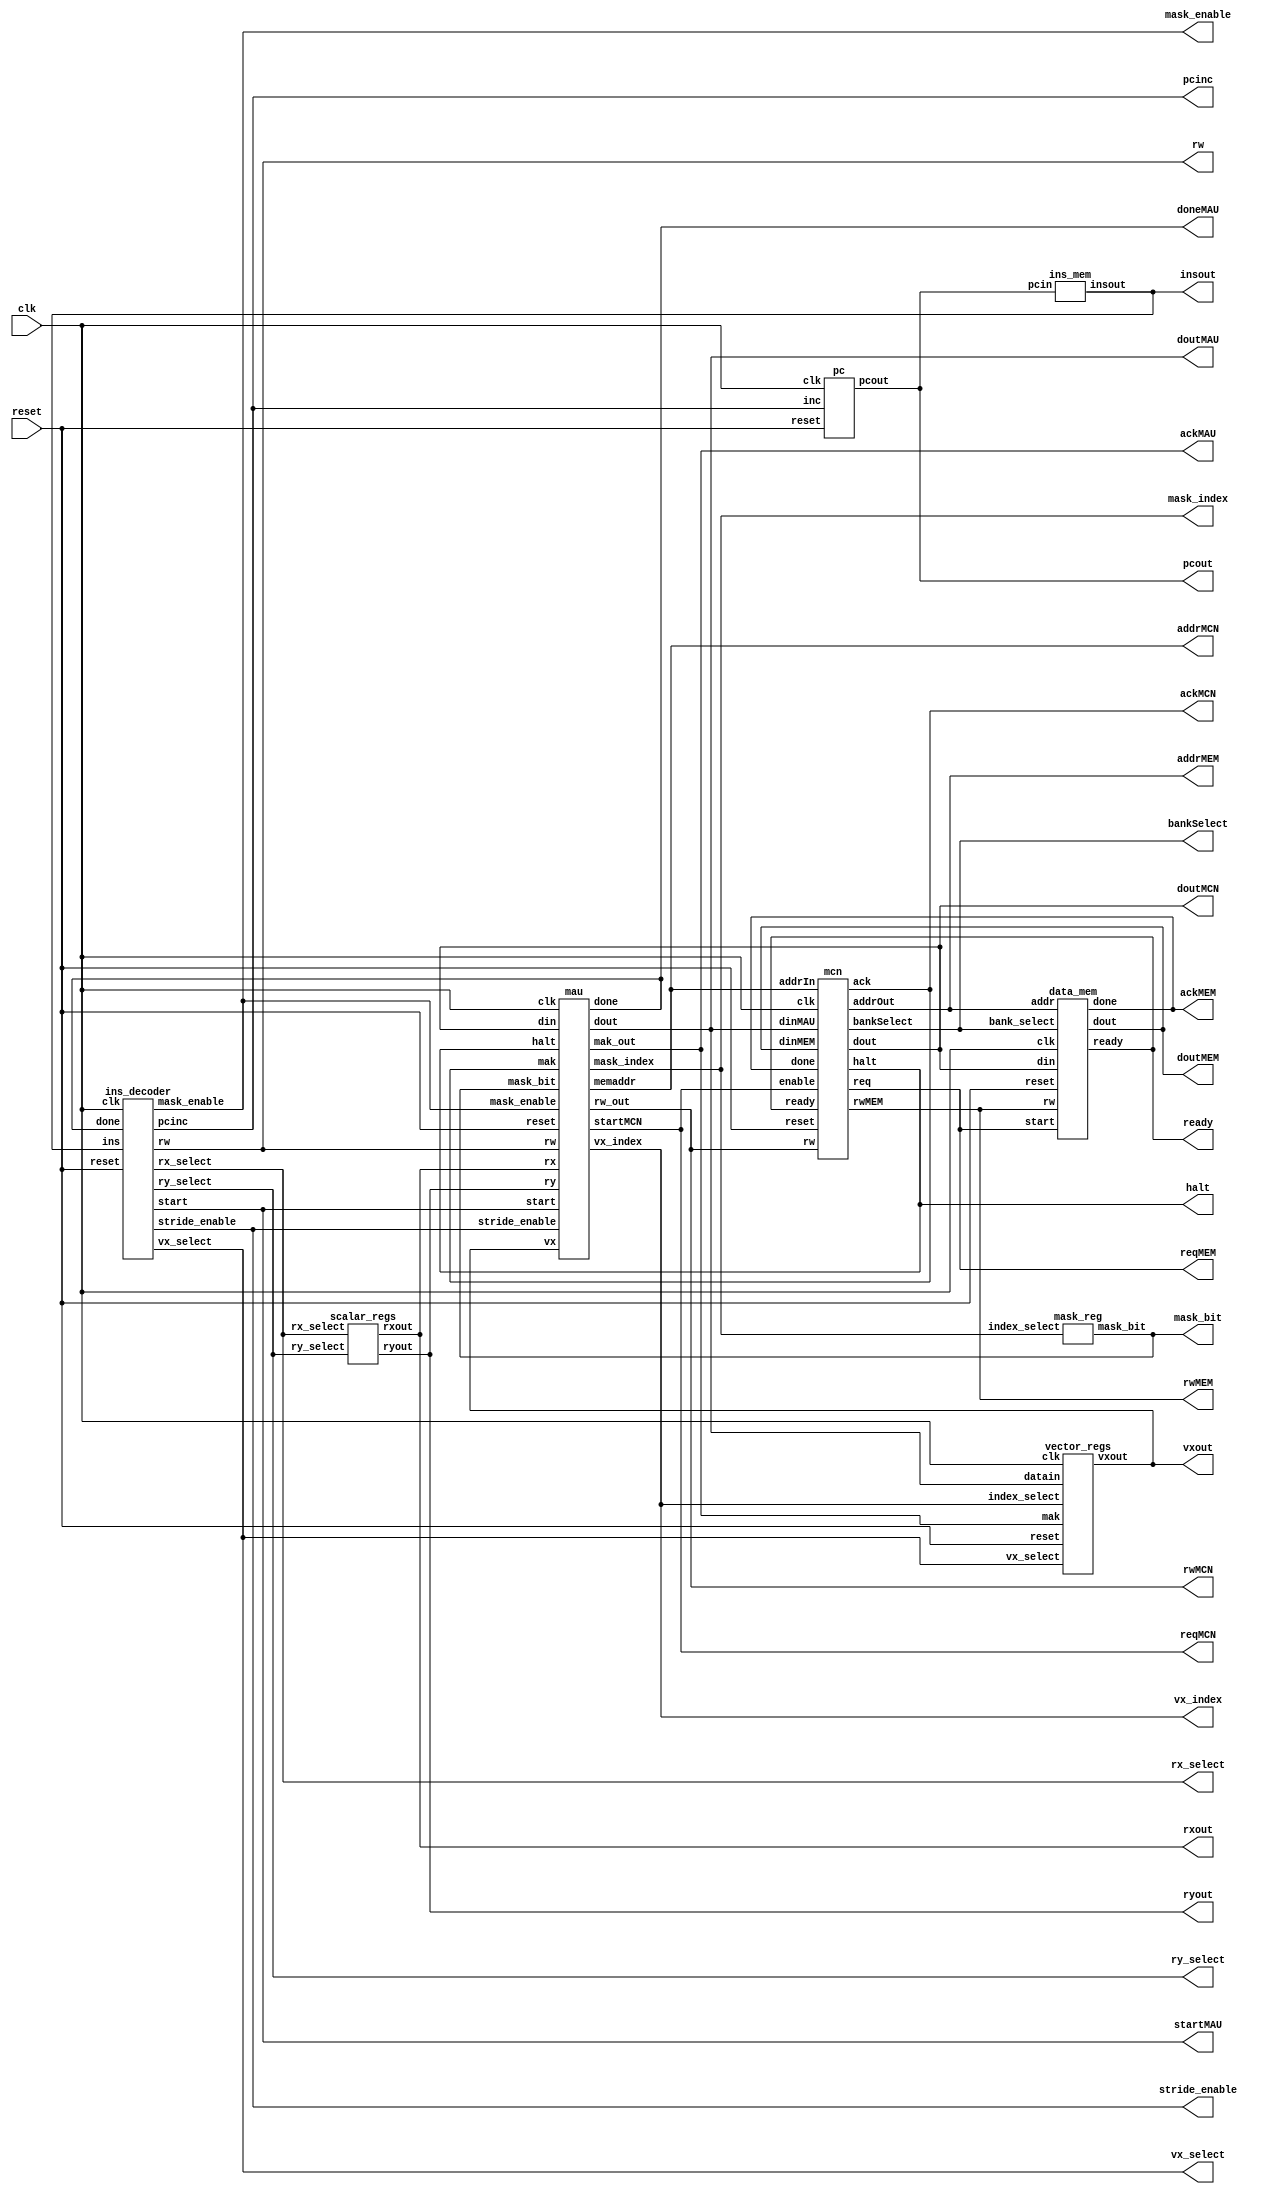
module topmodule(pcout,pcinc,stride_enable,mask_enable,rw,startMAU,doneMAU,mask_bit,ready,ackMAU,ackMCN,ackMEM,reqMEM,reqMCN,halt,rwMCN,rwMEM,insout,vx_index,mask_index,vx_select,rx_select,ry_select,bankSelect,rxout,ryout,vxout,doutMAU,doutMCN,doutMEM,addrMCN,addrMEM,clk,reset);

input clk,reset;
output [3:0]pcout;
output pcinc,stride_enable,mask_enable,rw,startMAU,doneMAU;
output mask_bit,ready,ackMAU,ackMCN,ackMEM,reqMEM,reqMCN,halt,rwMCN,rwMEM;
output [11:0]insout;
output [5:0]vx_index,mask_index;
output [2:0]vx_select,rx_select,ry_select,bankSelect;
output [31:0]rxout,ryout,vxout,doutMAU,doutMCN,doutMEM;
output [8:0]addrMCN;
output [5:0]addrMEM;

pc PC(pcout,pcinc,clk,reset);
ins_mem IMEM(insout,pcout);
ins_decoder IDEC(vx_select,rx_select,ry_select,stride_enable,mask_enable,rw,pcinc,startMAU,insout,doneMAU,clk,reset);
mask_reg VMR(mask_bit,mask_index);
scalar_regs REGS(rxout,ryout,rx_select,ry_select);
vector_regs VREGS(vxout,doutMAU,vx_select,vx_index,ackMAU,clk,reset);
mau MAU(doutMAU,vx_index,mask_index,addrMCN,reqMCN,rwMCN,ackMAU,doneMAU,vxout,rxout,ryout,doutMCN,stride_enable,mask_enable,mask_bit,rw,startMAU,ackMCN,halt,clk,reset);
mcn MCN(doutMCN,addrMEM,bankSelect,reqMEM,ackMCN,halt,rwMEM,doutMAU,doutMEM,addrMCN,rwMCN,reqMCN,ready,ackMEM,clk,reset);
data_mem DMEM(doutMEM,ready,ackMEM,doutMCN,addrMEM,bankSelect,rwMEM,reqMEM,clk,reset);

endmodule

module pc(pcout,inc,clk,reset);
output reg [3:0]pcout;
input inc,reset,clk;

always @(posedge clk)
begin
if(reset)
pcout<=4'd0;
else
pcout<=inc?pcout+4'd1:pcout;
end

endmodule

module ins_mem(insout,pcin);
output [11:0]insout;
input [3:0]pcin;

reg [11:0]ins_store[0:15];

assign insout=ins_store[pcin];

localparam vli=3'b000,vsi=3'b001,vls=3'b100,vss=3'b101,vlm=3'b010,vsm=3'b011,stp=3'b111;

initial
begin
ins_store[0]<={vsi,3'd1,3'd0,3'd0};//vsi v1,r0
ins_store[1]<={vli,3'd2,3'd0,3'd0};//vli v2,r0
ins_store[2]<={stp,3'd0,3'd0,3'd0};//stop
end

endmodule

module ins_decoder(vx_select,rx_select,ry_select,stride_enable,mask_enable,rw,pcinc,start,ins,done,clk,reset);
output reg [2:0]vx_select;
output reg [2:0]rx_select;
output reg [2:0]ry_select;
output reg stride_enable,mask_enable,rw,pcinc,start;
input [11:0]ins;
input done,clk,reset;

reg ps;

localparam idle=1'd0,busy=1'd1;
localparam vli=3'b000,vsi=3'b001,vls=3'b100,vss=3'b101,vlm=3'b010,vsm=3'b011;

always @(negedge clk)
begin
vx_select<=3'd1;
end

always @(negedge clk)
begin
if(reset)   
    begin
    vx_select<=3'd0;
    rx_select<=3'd0;
    ry_select<=3'd0;
    stride_enable<=1'd0;
    mask_enable<=1'd0;
    rw<=1'd0;
    pcinc<=1'd0;
    start<=1'd0;
    ps<=idle;
    end
else
    begin
    case(ps)
    idle:
        begin
        vx_select<=ins[8:6];
        rx_select<=ins[6:4];
        ry_select<=ins[4:2];
		pcinc<=1'd0;
        case(ins[11:9])
        vli:
            begin
            stride_enable<=1'd0;
            mask_enable<=1'd0;
            rw<=1'd0;
            start<=1'd1;
            ps<=busy;
            end
        vsi:
            begin
            stride_enable<=1'd0;
            mask_enable<=1'd0;
            rw<=1'd1;
            start<=1'd1;
            ps<=busy;
            end
        vls:
            begin
            stride_enable<=1'd1;
            mask_enable<=1'd0;
            rw<=1'd0;
            start<=1'd1;
            ps<=busy;
            end
        vss:
            begin
            stride_enable<=1'd1;
            mask_enable<=1'd0;
            rw<=1'd1;
            start<=1'd1;
            ps<=busy;
            end
        vlm:
            begin
            stride_enable<=1'd0;
            mask_enable<=1'd1;
            rw<=1'd0;
            start<=1'd1;
            ps<=busy;
            end
        vsm:
            begin
            stride_enable<=1'd0;
            mask_enable<=1'd1;
            rw<=1'd1;
            start<=1'd1;
            ps<=busy;
            end
        default:
            begin
            stride_enable<=1'd0;
            mask_enable<=1'd0;
            rw<=1'd0;
            start<=1'd0;
            end
        endcase
        end
    busy:
        begin
        start<=1'd0;
        if(done)
        begin
        pcinc<=1'd1;
        ps<=idle;
        end
        end
    endcase
    end
end

endmodule

module mask_reg(mask_bit,index_select);
output mask_bit;
input [5:0]index_select;

reg masks[0:63];

assign mask_bit=masks[index_select];

integer x;

initial
begin
for(x=0;x<=32'd63;x=x+32'd1)
masks[x]=1'd1;
masks[1]=1'd0;
masks[3]=1'd0;
masks[5]=1'd0;
masks[7]=1'd0;
end

endmodule

module scalar_regs(rxout,ryout,rx_select,ry_select);
output [31:0]rxout,ryout;
input [2:0]rx_select,ry_select;

reg [31:0]regs[0:7];

assign rxout=regs[rx_select];
assign ryout=regs[ry_select];

initial
begin
regs[0]<=32'd0;
regs[1]<=32'd1;
regs[2]<=32'd2;
regs[3]<=32'd3;
regs[4]<=32'd4;
regs[5]<=32'd5;
regs[6]<=32'd6;
regs[7]<=32'd7;
end

endmodule

module vector_regs(vxout,datain,vx_select,index_select,mak,clk,reset);
output [31:0]vxout;
input [31:0]datain;
input [2:0]vx_select;
input [5:0]index_select;
input mak,clk,reset;

reg [31:0]vx[0:7][0:63];

assign vxout=vx[vx_select][index_select];

always @(negedge clk)
begin
if(!reset && mak)vx[vx_select][index_select]<=datain;
//$display("%d %d %d %d %d %d %d %d",vx[2][0],vx[2][1],vx[2][2],vx[2][3],vx[2][4],vx[2][5],vx[2][6],vx[2][7]);
end

integer x;

initial
begin
for(x=0;x<=32'd63;x=x+32'd1)
vx[1][x]<=x;
for(x=0;x<=32'd63;x=x+32'd1)
vx[2][x]<=32'd0;
end

endmodule

module mau(dout,vx_index,mask_index,memaddr,startMCN,rw_out,mak_out,done,vx,rx,ry,din,stride_enable,mask_enable,mask_bit,rw,start,mak,halt,clk,reset);
output reg [31:0]dout;
output [5:0]vx_index,mask_index;
output reg mak_out;
output reg [8:0]memaddr;
output reg startMCN,done;
output rw_out;
input [31:0]vx,rx,ry,din;
input mask_enable,stride_enable,mask_bit,rw,start,mak,halt,clk,reset;

wire [31:0]stride;
reg mask;
reg [6:0]index_select;
reg [6:0]mak_count;
reg [6:0]num_masks;

assign rw_out=rw;
assign stride=stride_enable?ry:32'd1;
assign vx_index=rw?index_select:index_select-7'd5;
assign mask_index=index_select;

localparam idle=1'd0, busy=1'd1;
reg ps;

always @(posedge clk)
begin

if(reset)
begin
index_select<=7'd0;
memaddr<=9'd0;
mask<=1'd0;
dout<=32'd0;
mak_out<=1'd0;
mak_count<=7'd0;
num_masks<=7'd64;
done<=1'd0;
startMCN<=1'd0;
ps<=idle;
end
else
begin
case(ps)

    idle:
    begin
    index_select=7'd0;
	memaddr=rx;
	#1
	mask=mask_enable?mask_bit:1'd1;
	dout=rw?vx:din;
	mak_out=1'd0;
	mak_count=7'd0;
	num_masks=mask?7'd63:7'd64;
    done=1'd0;
    startMCN=mask&start;
	ps=start?busy:idle;
    end
    
    busy:
    begin
    index_select=(!halt)?index_select+7'd1:index_select;
    memaddr=((index_select<=7'd64)&(!halt))?rx+index_select*stride:memaddr;
    #1
    mask=mask_enable?mask_bit:1'd1;
    dout=rw?vx:din;
    mak_out=rw?1'd0:mak;
    if((index_select<=7'd64)&(!mask))
    num_masks=num_masks-7'd1;
    if(mak_count==num_masks) mak_count=7'd0;
    else if(mak) mak_count=mak_count+7'd1;
    done=(mak_count==num_masks);
    startMCN=mask&(index_select<=7'd64);
    ps=(mak_count==num_masks)?idle:busy;
    end

endcase
end
end

endmodule

module mcn(dout,addrOut,bankSelect,req,ack,halt,rwMEM,dinMAU,dinMEM,addrIn,rw,enable,ready,done,clk,reset);
output reg [31:0]dout;
output reg [5:0]addrOut;
output reg [2:0]bankSelect;
output reg req,ack,halt;
output rwMEM;
input [31:0]dinMAU,dinMEM;
input [8:0]addrIn;
input rw,enable,ready,done,clk,reset;

assign rwMEM=rw;

always @(negedge clk)
begin
if(reset) 
begin 
dout<=32'd0;
addrOut<=6'd0;
bankSelect<=3'd0;
req<=1'd0; 
halt<=1'd0;
ack<=1'd0; 
end
else
begin
ack=done;
dout=rw?dinMAU:dinMEM;
addrOut=addrIn[8:3];
bankSelect=addrIn[2:0];
req=ready&enable;
halt=~ready&enable;
end
end
endmodule

module data_mem(dout,ready,done,din,addr,bank_select,rw,start,clk,reset);
output [31:0]dout;
output ready,done;
input [31:0]din;
input [5:0]addr;
input [2:0]bank_select;
input rw,start,clk,reset;
wire [31:0]bank_dout[0:7];
wire bank_ready[0:7];
wire bank_start[0:7];
wire bank_done[0:7];
wire [2:0]bank_select_reg;

assign ready=bank_ready[bank_select];
assign dout=bank_dout[bank_select_reg];

assign bank_start[0]=(bank_select==3'd0)?start:1'd0;
assign bank_start[1]=(bank_select==3'd1)?start:1'd0;
assign bank_start[2]=(bank_select==3'd2)?start:1'd0;
assign bank_start[3]=(bank_select==3'd3)?start:1'd0;
assign bank_start[4]=(bank_select==3'd4)?start:1'd0;
assign bank_start[5]=(bank_select==3'd5)?start:1'd0;
assign bank_start[6]=(bank_select==3'd6)?start:1'd0;
assign bank_start[7]=(bank_select==3'd7)?start:1'd0;

assign bank_select_reg=bank_done[0]?3'd0:bank_done[1]?3'd1:bank_done[2]?3'd2:bank_done[3]?3'd3:bank_done[4]?3'd4:bank_done[5]?3'd5:bank_done[6]?3'd6:3'd7;
assign done=bank_done[0]|bank_done[1]|bank_done[2]|bank_done[3]|bank_done[4]|bank_done[5]|bank_done[6]|bank_done[7];

mem_bank M0(bank_dout[0],bank_ready[0],bank_done[0],din,addr,rw,bank_start[0],clk,reset);
mem_bank M1(bank_dout[1],bank_ready[1],bank_done[1],din,addr,rw,bank_start[1],clk,reset);
mem_bank M2(bank_dout[2],bank_ready[2],bank_done[2],din,addr,rw,bank_start[2],clk,reset);
mem_bank M3(bank_dout[3],bank_ready[3],bank_done[3],din,addr,rw,bank_start[3],clk,reset);
mem_bank M4(bank_dout[4],bank_ready[4],bank_done[4],din,addr,rw,bank_start[4],clk,reset);
mem_bank M5(bank_dout[5],bank_ready[5],bank_done[5],din,addr,rw,bank_start[5],clk,reset);
mem_bank M6(bank_dout[6],bank_ready[6],bank_done[6],din,addr,rw,bank_start[6],clk,reset);
mem_bank M7(bank_dout[7],bank_ready[7],bank_done[7],din,addr,rw,bank_start[7],clk,reset);

endmodule

module mem_bank(dout,ready,done,din,addr,rw,start,clk,reset);
output reg [31:0]dout;
output reg ready,done;
input [31:0]din;
input [5:0]addr;
input rw,start,clk,reset;

reg [31:0]mem[0:63];
reg [31:0]din_reg;
reg [5:0]addr_reg;

localparam idle=2'd0,phase1=2'd1,phase2=2'd2,phase3=2'd3;
reg [1:0]ps;

always @(posedge clk)
begin
if(reset)
begin
dout<=32'd0;
ready<=1'd1;
done<=1'd0;
ps<=idle;
end
else
begin
case(ps)

idle:
begin
ready<=1'd1;
done<=1'd0;
if(start)
begin
if(rw)
din_reg<=din;
addr_reg<=addr;
ps<=phase1;
end
end

phase1:
begin
ready<=1'd0;
ps<=phase2;
end

phase2:
ps<=phase3;

phase3:
begin
if(rw)
mem[addr_reg]<=din_reg;
else
dout<=mem[addr_reg];
done<=1'd1;
ps<=idle;
end

endcase
$display("%d %d %d %d %d %d %d %d",mem[0],mem[1],mem[2],mem[3],mem[4],mem[5],mem[6],mem[7]);
end
end

initial
begin
mem[0]<=32'd0;
mem[1]<=32'd0;
mem[2]<=32'd0;
mem[3]<=32'd0;
mem[4]<=32'd0;
mem[5]<=32'd0;
mem[6]<=32'd0;
mem[7]<=32'd0;
end

endmodule